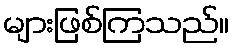
များဖြစ်ကြသည်။